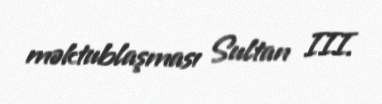
məktublaşması Sultan III.